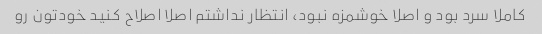
کاملا سرد بود و اصلا خوشمزه نبود، انتظار نداشتم اصلا اصلاح کنید خودتون رو